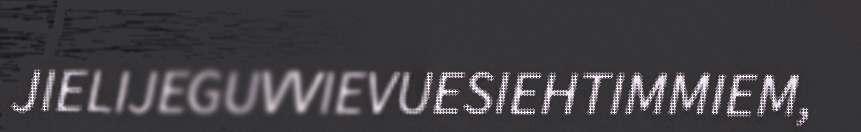
JIELIJEGUVVIEVUESIEHTIMMIEM,